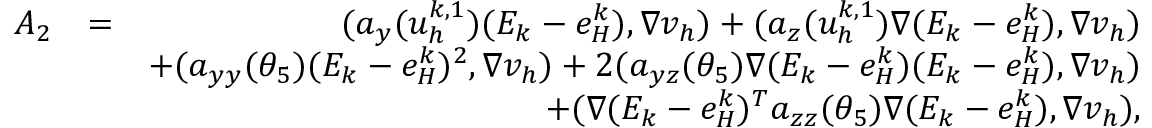
\begin{array} { r l r } { A _ { 2 } } & { = } & { ( \boldsymbol { a } _ { y } ( u _ { h } ^ { k , 1 } ) ( E _ { k } - e _ { H } ^ { k } ) , \nabla v _ { h } ) + ( \boldsymbol { a } _ { \boldsymbol { z } } ( u _ { h } ^ { k , 1 } ) \nabla ( E _ { k } - e _ { H } ^ { k } ) , \nabla v _ { h } ) } \\ & { } & { + ( \boldsymbol { a } _ { y y } ( \theta _ { 5 } ) ( E _ { k } - e _ { H } ^ { k } ) ^ { 2 } , \nabla v _ { h } ) + 2 ( \boldsymbol { a } _ { y \boldsymbol { z } } ( \theta _ { 5 } ) \nabla ( E _ { k } - e _ { H } ^ { k } ) ( E _ { k } - e _ { H } ^ { k } ) , \nabla v _ { h } ) } \\ & { } & { + ( \nabla ( E _ { k } - e _ { H } ^ { k } ) ^ { T } \boldsymbol { a } _ { \boldsymbol { z z } } ( \theta _ { 5 } ) \nabla ( E _ { k } - e _ { H } ^ { k } ) , \nabla v _ { h } ) , } \end{array}